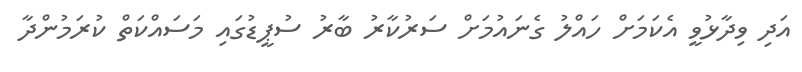
އަދި ވިދާޅުވީ އެކަމަށް ހައްލު ގެނައުމަށް ސަރުކާރު ބާރު ސުޕީޑުގައި މަސައްކަތް ކުރަމުންދާ